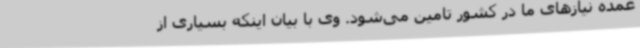
عمده نیازهای ما در کشور تامین می‌شود. وی با بیان اینکه بسیاری از